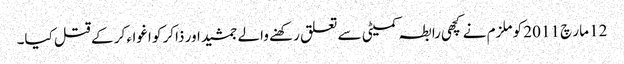
12 مار چ 2011 کو ملزم نے کچھی رابطہ کمیٹی سے تعلق رکھنے والے جمشید اور ذاکر کو اغواء کر کے قتل کیا۔